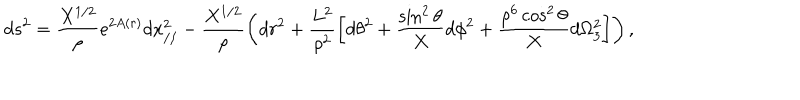
d s ^ { 2 } = \frac { X ^ { 1 / 2 } } { \rho } e ^ { 2 A ( r ) } d x _ { / / } ^ { 2 } - \frac { X ^ { 1 / 2 } } { \rho } \left( d r ^ { 2 } + \frac { L ^ { 2 } } { \rho ^ { 2 } } \left[ d \theta ^ { 2 } + \frac { \sin ^ { 2 } \theta } { X } d \phi ^ { 2 } + \frac { \rho ^ { 6 } \cos ^ { 2 } \theta } { X } d \Omega _ { 3 } ^ { 2 } \right] \right) ,